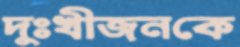
দুঃখীজনকে